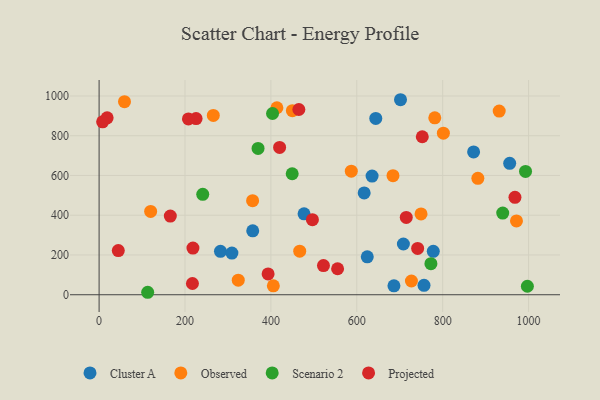
{"axis": {"x": "Distance", "y": "Salary"}, "legend": ["Cluster A", "Observed", "Projected", "Scenario 2"], "data": [{"x": "756.5", "y": 47.5, "type": "Cluster A"}, {"x": "956.0", "y": 661.1, "type": "Cluster A"}, {"x": "624.4", "y": 190.8, "type": "Cluster A"}, {"x": "701.8", "y": 981.1, "type": "Cluster A"}, {"x": "282.6", "y": 218.6, "type": "Cluster A"}, {"x": "635.6", "y": 596.8, "type": "Cluster A"}, {"x": "872.0", "y": 718.6, "type": "Cluster A"}, {"x": "778.1", "y": 218.6, "type": "Cluster A"}, {"x": "309.2", "y": 209.7, "type": "Cluster A"}, {"x": "617.2", "y": 512.3, "type": "Cluster A"}, {"x": "686.5", "y": 44.8, "type": "Cluster A"}, {"x": "644.2", "y": 886.9, "type": "Cluster A"}, {"x": "357.7", "y": 321.6, "type": "Cluster A"}, {"x": "477.2", "y": 407.0, "type": "Cluster A"}, {"x": "708.5", "y": 255.3, "type": "Cluster A"}, {"x": "405.7", "y": 44.9, "type": "Observed"}, {"x": "467.1", "y": 219.1, "type": "Observed"}, {"x": "59.1", "y": 971.3, "type": "Observed"}, {"x": "684.3", "y": 599.1, "type": "Observed"}, {"x": "781.6", "y": 890.0, "type": "Observed"}, {"x": "357.4", "y": 473.2, "type": "Observed"}, {"x": "450.0", "y": 926.0, "type": "Observed"}, {"x": "265.9", "y": 902.0, "type": "Observed"}, {"x": "120.0", "y": 418.9, "type": "Observed"}, {"x": "414.0", "y": 940.7, "type": "Observed"}, {"x": "881.9", "y": 585.7, "type": "Observed"}, {"x": "587.2", "y": 621.6, "type": "Observed"}, {"x": "749.6", "y": 406.6, "type": "Observed"}, {"x": "801.6", "y": 813.0, "type": "Observed"}, {"x": "971.8", "y": 371.6, "type": "Observed"}, {"x": "324.0", "y": 73.5, "type": "Observed"}, {"x": "727.2", "y": 69.1, "type": "Observed"}, {"x": "931.6", "y": 924.1, "type": "Observed"}, {"x": "449.6", "y": 608.6, "type": "Scenario 2"}, {"x": "113.1", "y": 12.4, "type": "Scenario 2"}, {"x": "241.3", "y": 505.3, "type": "Scenario 2"}, {"x": "772.6", "y": 156.4, "type": "Scenario 2"}, {"x": "403.8", "y": 911.8, "type": "Scenario 2"}, {"x": "939.8", "y": 410.8, "type": "Scenario 2"}, {"x": "992.9", "y": 620.4, "type": "Scenario 2"}, {"x": "370.1", "y": 735.9, "type": "Scenario 2"}, {"x": "997.2", "y": 42.8, "type": "Scenario 2"}, {"x": "218.5", "y": 234.6, "type": "Projected"}, {"x": "465.1", "y": 931.9, "type": "Projected"}, {"x": "752.5", "y": 794.9, "type": "Projected"}, {"x": "18.7", "y": 889.8, "type": "Projected"}, {"x": "420.3", "y": 741.2, "type": "Projected"}, {"x": "165.8", "y": 395.9, "type": "Projected"}, {"x": "555.3", "y": 130.7, "type": "Projected"}, {"x": "8.2", "y": 869.9, "type": "Projected"}, {"x": "225.8", "y": 886.2, "type": "Projected"}, {"x": "208.0", "y": 884.6, "type": "Projected"}, {"x": "741.7", "y": 233.0, "type": "Projected"}, {"x": "393.5", "y": 104.5, "type": "Projected"}, {"x": "217.3", "y": 56.6, "type": "Projected"}, {"x": "496.7", "y": 377.5, "type": "Projected"}, {"x": "968.3", "y": 490.1, "type": "Projected"}, {"x": "715.2", "y": 389.2, "type": "Projected"}, {"x": "44.7", "y": 222.2, "type": "Projected"}, {"x": "522.4", "y": 146.9, "type": "Projected"}]}